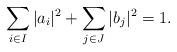
LaTeX: \begin{align*}\sum_{i \in I} |a_i|^2 + \sum_{j \in J} |b_j|^2 = 1.\end{align*}